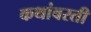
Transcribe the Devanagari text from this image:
कथांवरती